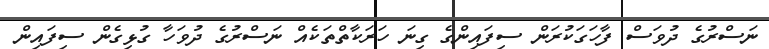
ނަސްރުގެ ދުވަސް ފާހަގަކުރަން ސިފައިންގެ ގިނަ ހަރަކާތްތަކެއް ނަސްރުގެ ދުވަހާ ގުޅިގެން ސިފައިން